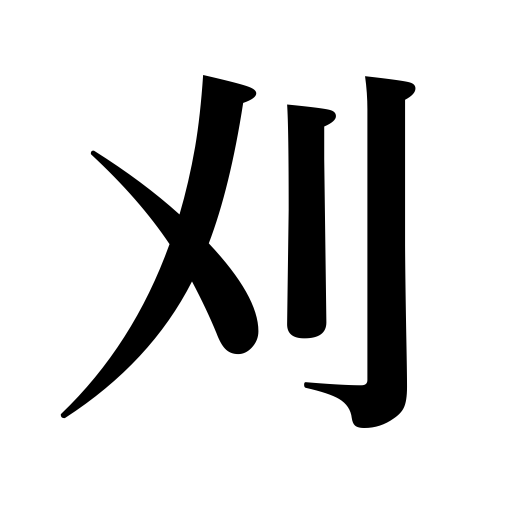
Meanings: trim,prune,clip,reap,cut,shear